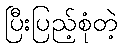
ပြီးပြည့်စုံတဲ့